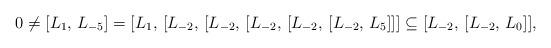
LaTeX: \begin{align*}0 \neq[L_1, \, L_{-5}] = [L_1, \, [L_{-2}, \, [L_{-2}, \, [L_{-2}, \,[L_{-2}, \, [L_{-2}, \, L_5]]] \subseteq [L_{-2}, \, [L_{-2}, \,L_0]],\end{align*}